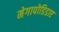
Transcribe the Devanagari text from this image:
मेगापोडिडाए